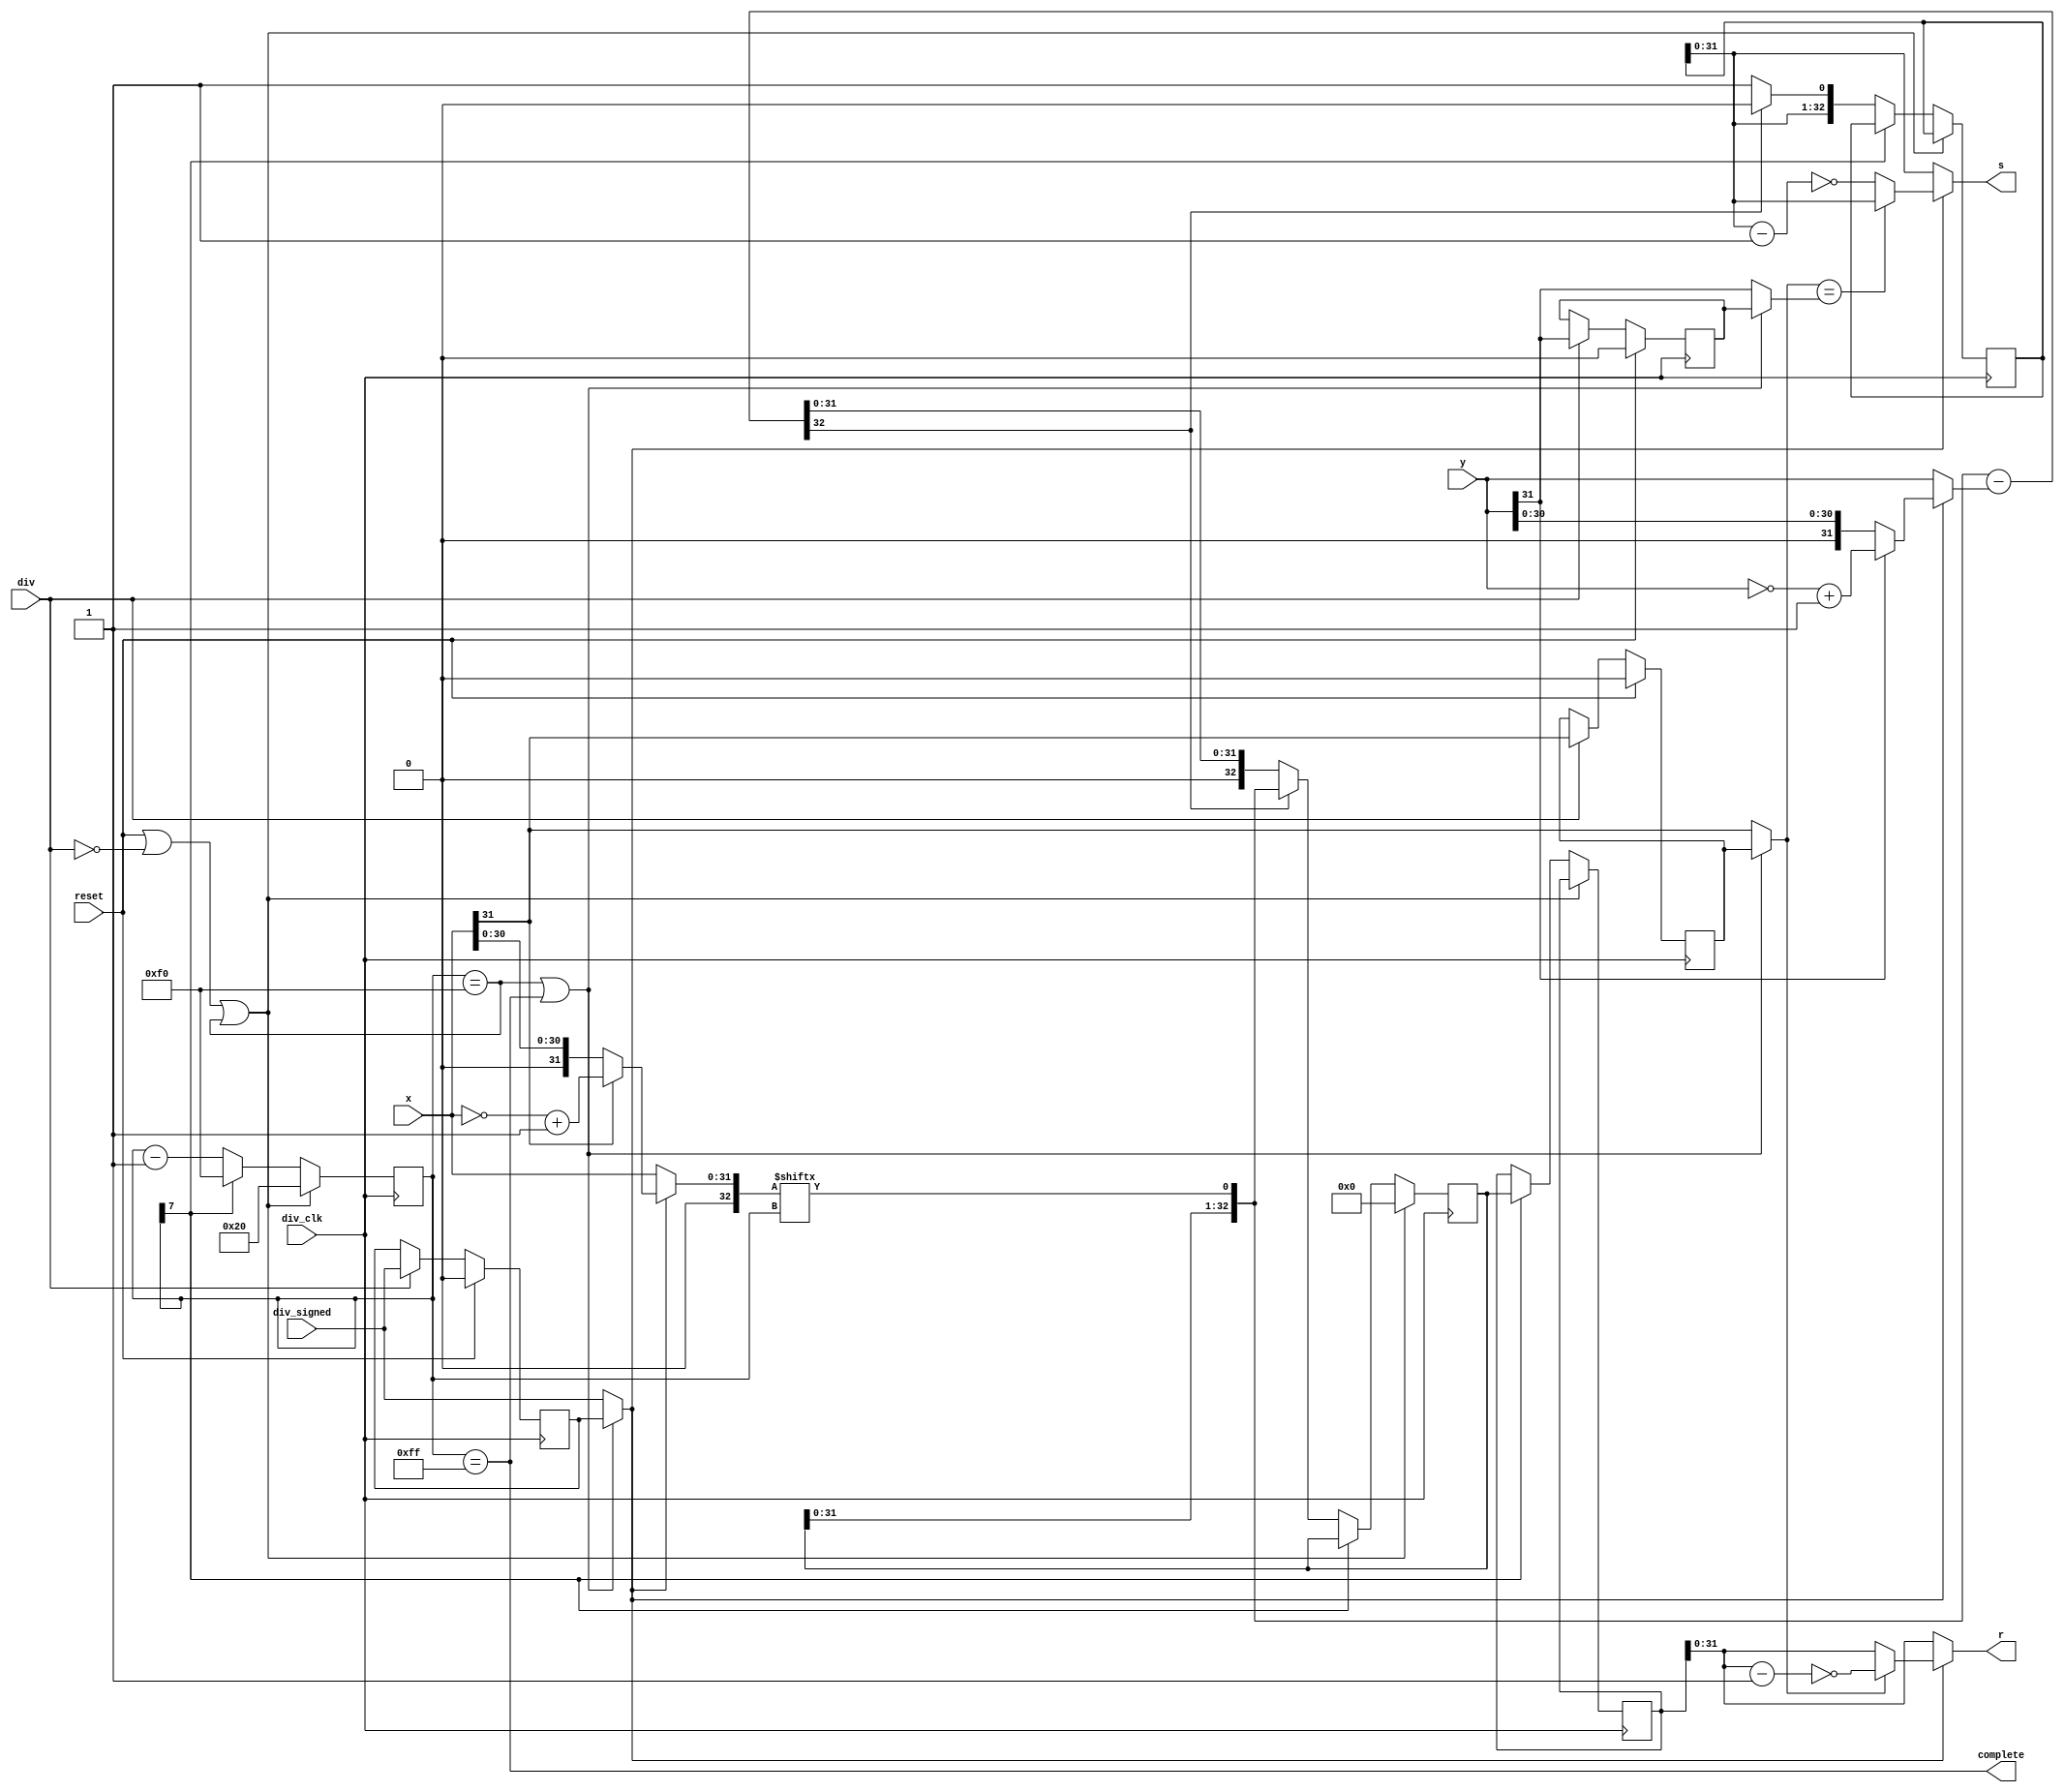
//x/y   //34
module div(
    input div_clk, reset,
    input div,
    input div_signed,
    input [31:0] x, y,
    output [31:0] s, r,
    output complete
    );

reg [32:0] UnsignS;
reg [32:0] UnsignR;
reg [32:0] tmp_r;
reg [7:0] count;
wire [32:0] tmp_d;
wire [32:0] result_r;
wire [32:0] UnsignX, UnsignY;

reg  div_signed_buffer; 
reg  x_31_buffer;
reg  y_31_buffer;
wire real_div_signed;
wire real_x_31;
wire real_y_31;
wire complete_delay;
wire real_complete;

assign complete_delay = (count == 8'hf0);
assign real_complete = complete_delay || complete;

always @(posedge div_clk) begin 
    if (reset) begin 
        div_signed_buffer <= 1'b0;
        x_31_buffer <= 1'b0;
        y_31_buffer <= 1'b0;
    end 
    else if (div) begin 
        div_signed_buffer <= div_signed;   //when div inst go to ms, div_signed will be changed. so buffer it.
        x_31_buffer <= x[31];
        y_31_buffer <= y[31];
    end
end

assign real_div_signed = real_complete ? div_signed_buffer : div_signed;
assign real_x_31 = real_complete ? x_31_buffer : x[31];
assign real_y_31 = real_complete ? y_31_buffer : y[31];

assign UnsignX = {1'b0, (real_div_signed ? (x[31] ? (~x + 32'b1) : x) : x)}; //33
assign UnsignY = {1'b0, (real_div_signed ? (y[31] ? (~y + 32'b1) : y) : y)};

always @(posedge div_clk) begin  //33
    if (reset || ~div || complete_delay) begin
        count <= 8'd32;     //33
        tmp_r <= 33'b0;
    end
    else if (~(count[7])) begin
        if (tmp_d[32]) begin    //tmp_d
            UnsignS <= {UnsignS[31:0], 1'b0};
            tmp_r <= result_r;
        end 
        else begin
            UnsignS <= {UnsignS[31:0], 1'b1};
            tmp_r <= tmp_d;
        end
        count <= count - 8'd1;
    end
    else begin
        UnsignR <= tmp_r;
        count   <= 8'hf0; //complete signal only maintain one clock
    end

end

assign complete = (count == 8'hff);//chenji

assign result_r = {tmp_r[31:0], UnsignX[count]};
assign tmp_d = result_r - UnsignY;

wire [32:0] TmpS, TmpR;
assign TmpS = (real_div_signed ? ((real_x_31 == real_y_31) ? UnsignS : ~(UnsignS - 1)) : UnsignS); //
assign TmpR = (real_div_signed ? (real_x_31 ? ~(UnsignR - 1) : UnsignR) : UnsignR);

assign s = TmpS[31:0];
assign r = TmpR[31:0];

endmodule

//
//x[31]  y[31]  s[31]  r[31]
//  0      0      0      0
//  0      1      1      0
//  1      0      1      1
//  1      1      0      1